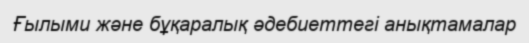
Ғылыми және бұқаралық әдебиеттегі анықтамалар